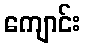
ကျောင်း